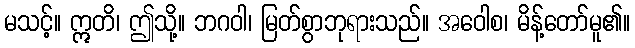
မသင့်။ ဣတိ၊ ဤသို့။ ဘဂဝါ၊ မြတ်စွာဘုရားသည်။ အဝေါစ၊ မိန့်တော်မူ၏။